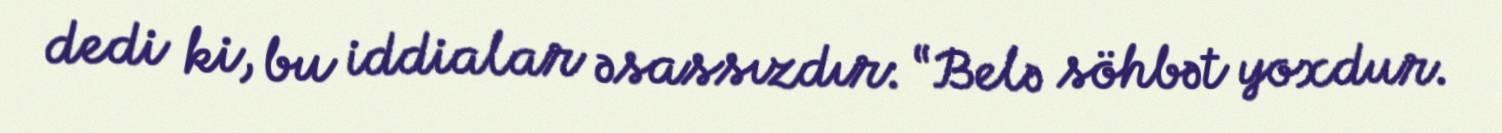
dedi ki, bu iddialar əsassızdır: “Belə söhbət yoxdur.